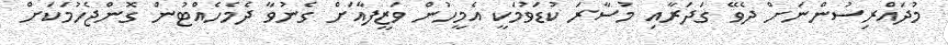
މުދައްރިސުންނަށް ދެވޭ ގަދަރާއި މުސާރަ ކުޑަވުމަކީ އެމީހުން ވަޒީފާއަށް ގެނުވާ ދެމެހެއްޓުން ގޮންޖެހުމަކަށް